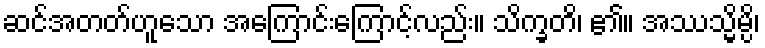
ဆင်အတတ်ဟူသော အကြောင်းကြောင့်လည်း။ သိက္ခတိ၊ ၏။ အဿသ္မိမ္ပိ၊